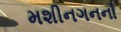
મશીનગનનો